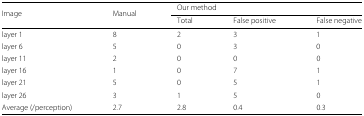
<table><thead><tr><td><b>Image</b></td><td><b>Manual</b></td><td colspan="3"><b>Our method</b></td></tr><tr><td>[EMPTY_CELL]</td><td>[EMPTY_CELL]</td><td><b>Total</b></td><td><b>False positive</b></td><td><b>False negative</b></td></tr></thead><tbody><tr><td>layer 1</td><td>8</td><td>2</td><td>3</td><td>1</td></tr><tr><td>layer 6</td><td>5</td><td>0</td><td>3</td><td>0</td></tr><tr><td>layer 11</td><td>2</td><td>0</td><td>0</td><td>0</td></tr><tr><td>layer 16</td><td>1</td><td>0</td><td>7</td><td>1</td></tr><tr><td>layer 21</td><td>5</td><td>0</td><td>5</td><td>1</td></tr><tr><td>layer 26</td><td>3</td><td>1</td><td>5</td><td>0</td></tr><tr><td>Average (/perception)</td><td>2.7</td><td>2.8</td><td>0.4</td><td>0.3</td></tr></tbody></table>